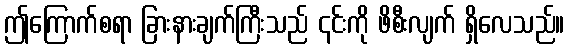
ဤကြောက်စရာ ခြားနားချက်ကြီးသည် ၎င်းကို ဖိစီးလျက် ရှိလေသည်။